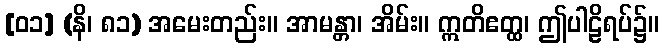
[၀၁] (နိ၊ ၈၁) အမေးတည်း။ အာမန္တာ၊ အိမ်း။ ဣတိဧတ္ထ၊ ဤပါဠိရပ်၌။